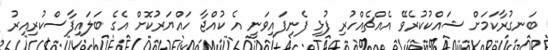
ބަނގުރާކަމަށް ޝައްކުކުރެވޭ އެއްޗެއްހުރި ފުޅި ފެނިފައިވަނީ އެ ކުއްޖާ ހައްޔަރުކޮށް އެގެ ބަލައިފާސްކުރިއިރު